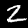
Label: 2